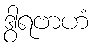
ဒွါရဗာဟံ